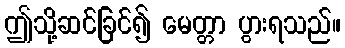
ဤသို့ဆင်ခြင်၍ မေတ္တာ ပွားရသည်။